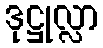
ဒုဋ္ဌုလ္လာ